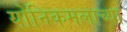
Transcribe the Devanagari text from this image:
योनिकमलाच्या